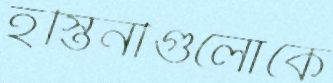
হস্তিনীগুলোকে